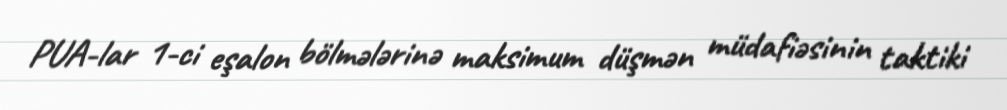
PUA-lar 1-ci eşalon bölmələrinə maksimum düşmən müdafiəsinin taktiki